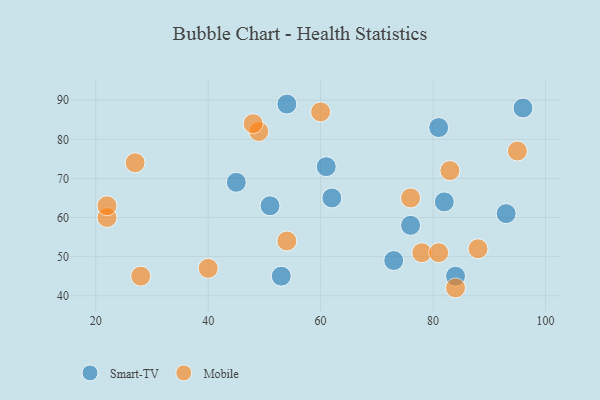
{"axis": {"x": "GDP", "y": "Life Expectancy"}, "legend": ["Mobile", "Smart-TV"], "data": [{"x": "82", "y": 64, "type": "Smart-TV"}, {"x": "73", "y": 49, "type": "Smart-TV"}, {"x": "53", "y": 45, "type": "Smart-TV"}, {"x": "45", "y": 69, "type": "Smart-TV"}, {"x": "93", "y": 61, "type": "Smart-TV"}, {"x": "51", "y": 63, "type": "Smart-TV"}, {"x": "81", "y": 83, "type": "Smart-TV"}, {"x": "96", "y": 88, "type": "Smart-TV"}, {"x": "54", "y": 89, "type": "Smart-TV"}, {"x": "76", "y": 58, "type": "Smart-TV"}, {"x": "62", "y": 65, "type": "Smart-TV"}, {"x": "61", "y": 73, "type": "Smart-TV"}, {"x": "84", "y": 45, "type": "Smart-TV"}, {"x": "40", "y": 47, "type": "Mobile"}, {"x": "22", "y": 60, "type": "Mobile"}, {"x": "76", "y": 65, "type": "Mobile"}, {"x": "83", "y": 72, "type": "Mobile"}, {"x": "49", "y": 82, "type": "Mobile"}, {"x": "78", "y": 51, "type": "Mobile"}, {"x": "84", "y": 42, "type": "Mobile"}, {"x": "22", "y": 63, "type": "Mobile"}, {"x": "88", "y": 52, "type": "Mobile"}, {"x": "81", "y": 51, "type": "Mobile"}, {"x": "95", "y": 77, "type": "Mobile"}, {"x": "60", "y": 87, "type": "Mobile"}, {"x": "28", "y": 45, "type": "Mobile"}, {"x": "27", "y": 74, "type": "Mobile"}, {"x": "48", "y": 84, "type": "Mobile"}, {"x": "54", "y": 54, "type": "Mobile"}]}